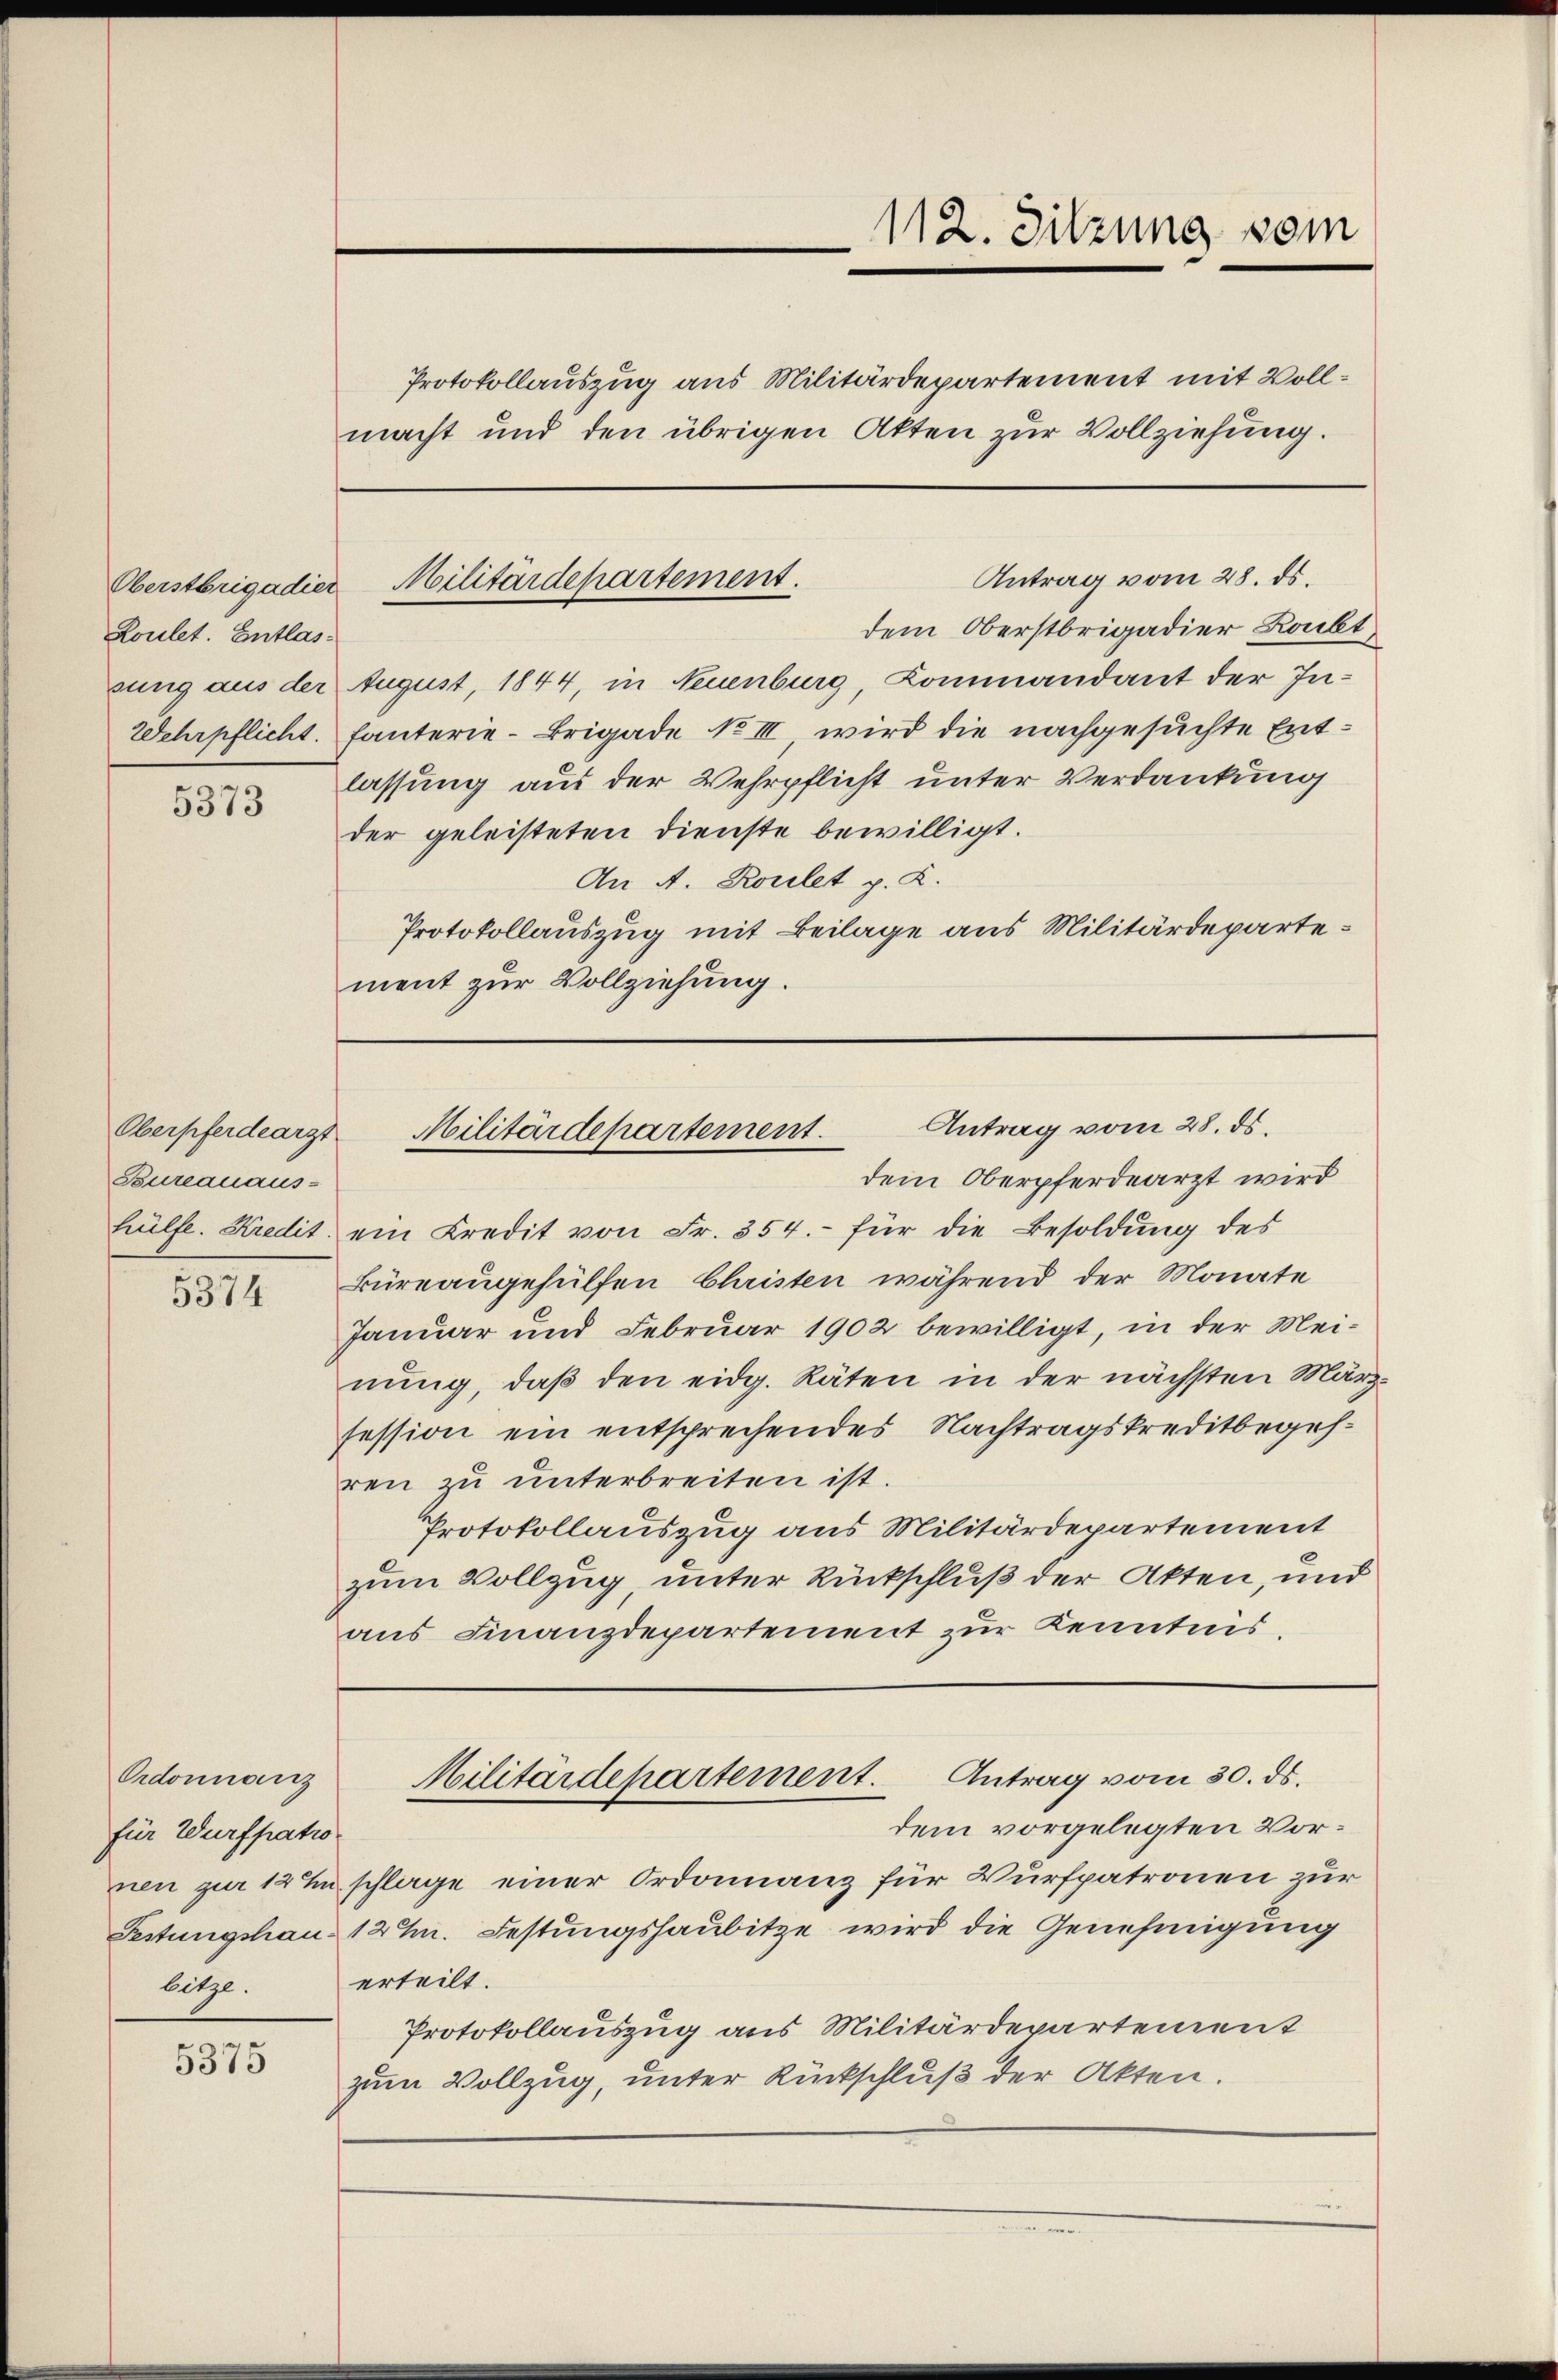
Loulet. Entlassung aus der

5373

Oberpferdearzt
Bureauaus-

1

Ordonnanz
für Wurfpatio
bitze.

5375

Protokollauszug aus Militärdepartement mit Vollmacht und den übrigen Akten zur Vollziehung.

112. Sitzung vom

dem Oberstbrigadier Raubt
August, 1844, in Neuenburg, Kommandant der In¬
Wehrpflicht. Fanterie-Brigade No III wird die nachgesuchte Entlassung aus der Wehrpflicht unter Verdankung
der geleisteten Dienste bewilligt.
An A. Roulet p. K.
Protokollauszug mit Beilage aus Militärdepartement zur Vollziehung.

Antrag vom 28. ds.
Oberstrigadier Militärdepartement.

Antrag vom 28. ds.
Militärdepartement.

dem Oberpferdearzt wird
hülfe. Kredit ein Kredit von Fr. 354.- für die Besoldŭng des
Büreaugehülfen Christen während der Monate
Januar und Februar 1902 bewilligt, in der Mei-
nung, daß den eidg. Räten in der nächsten März-
session ein entsprechendes Nachtragskreditbegehren zu unterbreiten ist.
Protokollauszug aus Militärdepartement
zum Vollzug, unter Rückschluß der Akten, und
aus Finanzdepartement zur Kenntnis.

Militärdepartement. Antrag vom 30. ds.
dem vorgelegten Vor¬

nen zur 12 T schlage einer Ordonnanz für Verspatronen zur
Festungshau 12 J. Festungshaubitze wird die Genehmigung
erteilt.
Protokollauszug aus Militärdepartement
zum Vollzug, unter Rückschluß der Akten.